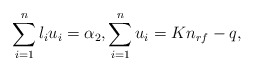
\begin{align*}\sum_{i=1}^{n} l_iu_i = \alpha_2, \sum_{i=1}^{n} u_i =Kn_{rf}-q,\end{align*}